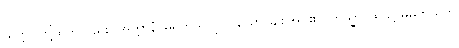
သတ္တဝါတို့ထက်လည်း။ အတ္တာနံ၊ မိမိကိုယ်ကို။ ပိယော၊ ချစ်အပ်၏။ တသ္မာ၊ ထိုသို့ မိမိကိုယ်ကို